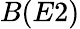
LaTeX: B(E2)